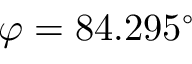
\varphi = 8 4 . 2 9 5 ^ { \circ }